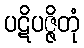
ပဋိပဇ္ဇိတုံ